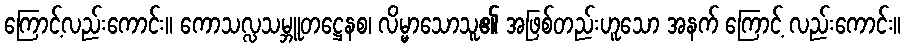
ကြောင့်လည်းကောင်း။ ကောသလ္လသမ္ဘူတဋ္ဌေနစ၊ လိမ္မာသောသူ၏ အဖြစ်တည်းဟူသော အနက် ကြောင့် လည်းကောင်း။